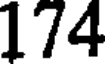
174